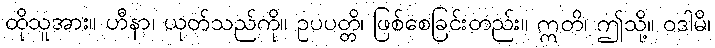
ထိုသူအား။ ဟီနာ၊ ယုတ်သည်ကို။ ဥပပတ္တိ၊ ဖြစ်စေခြင်းတည်း။ ဣတိ၊ ဤသို့။ ဝဒါမိ၊